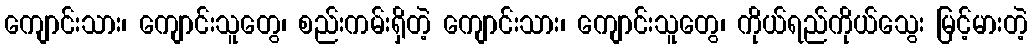
ကျောင်းသား၊ ကျောင်းသူတွေ၊ စည်းကမ်းရှိတဲ့ ကျောင်းသား၊ ကျောင်းသူတွေ၊ ကိုယ်ရည်ကိုယ်သွေး မြင့်မားတဲ့